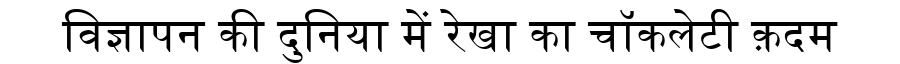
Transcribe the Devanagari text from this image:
विज्ञापन की दुनिया में रेखा का चॉकलेटी क़दम